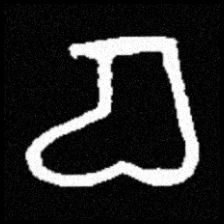
Pyu character \u2014 Myanmar letter: စ (romanized: ca)